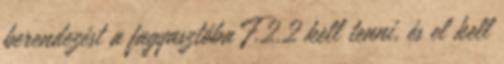
berendezést a fagyasztóba F.2.2 kell tenni, és el kell